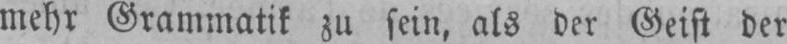
mehr Grammatik zu sein, als der Geist der